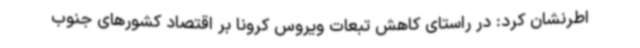
اطرنشان کرد: در راستای کاهش تبعات ویروس کرونا بر اقتصاد کشورهای جنوب